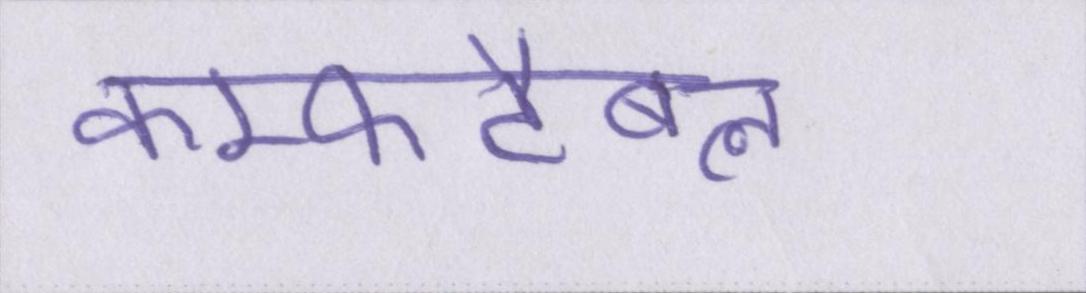
कम्फर्टेबल